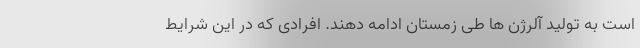
است به تولید آلرژن ها طی زمستان ادامه دهند. افرادی که در این شرایط